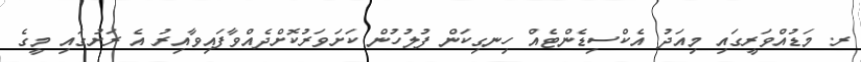
ރ. މަޑުއްވަރީގައި މިއަދު އެކްސިޑެންޓެއް ހިނގިކަން ފުލުހުން ކަށަވަރުކޮށްދެއްވާފައިވާއިރު އެ ރަށުގައި މީގެ